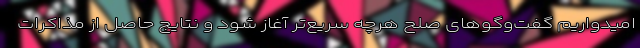
امیدواریم گفت‌وگوهای صلح هرچه سریع‌تر آغاز شود و نتایج حاصل از مذاکرات